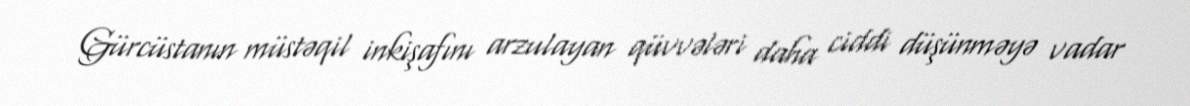
Gürcüstanın müstəqil inkişafını arzulayan qüvvələri daha ciddi düşünməyə vadar